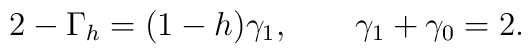
2-\Gamma_h=(1-h)\gamma_1, \qquad \gamma_1+\gamma_0=2.